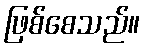
ဖြစ်စေသည်။